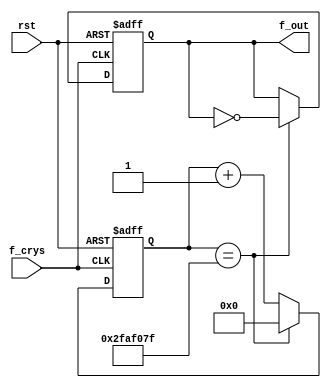
`timescale 1ns / 1ps
//////////////////////////////////////////////////////////////////////////////////
// Company: 
// Engineer: 
// 
// Design Name: 
// Module Name: lab3_4_Hz
// Project Name: 
// Target Devices: 
// Tool Versions: 
// Description: 
// 
// Dependencies: 
// 
// Revision:
// Revision 0.01 - File Created
// Additional Comments:
// 
//////////////////////////////////////////////////////////////////////////////////


module divide_1hz(f_crys, rst, f_out);
    output f_out;
    input f_crys,rst;
    reg [25:0]comp;
    reg f_tmp;

assign f_out = f_tmp;

always@(posedge f_crys or posedge rst)
if(rst)
    begin
        comp<=0;
        f_tmp<=0;
    end
else if (comp==26'd49999999) 
    begin
        f_tmp <= ~f_tmp;
        comp<=0;
    end
else 
    comp<= comp + 26'd1;

endmodule